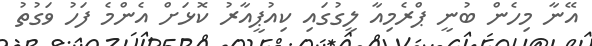
އޭނާ މިހެން ބުނީ ޕްރެމިއާ ލީގުގައި ކިއުޕީއާރު ކޮޅަށް އެންމެ ފަހު ވަގުތު